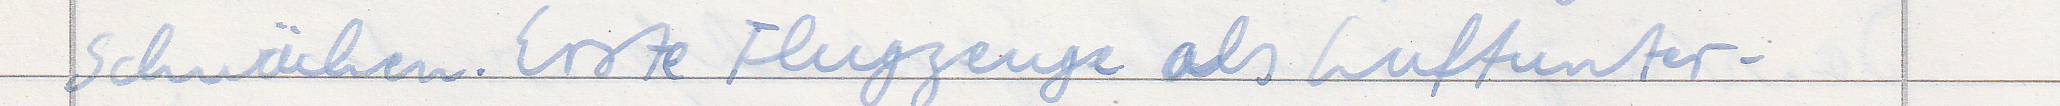
schwächen. Erste Flugzeuge als Luftunter-